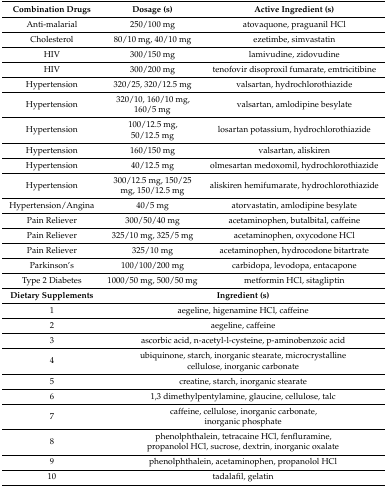
<table><thead><tr><td><b>Combination Drugs</b></td><td><b>Dosage (s)</b></td><td><b>Active Ingredient (s)</b></td></tr></thead><tbody><tr><td>Anti-malarial</td><td>250/100 mg</td><td>atovaquone, praguanil HCl</td></tr><tr><td>Cholesterol</td><td>80/10 mg, 40/10 mg</td><td>ezetimbe, simvastatin</td></tr><tr><td>HIV</td><td>300/150 mg</td><td>lamivudine, zidovudine</td></tr><tr><td>HIV</td><td>300/200 mg</td><td>tenofovir disoproxil fumarate, emtricitibine</td></tr><tr><td>Hypertension</td><td>320/25, 320/12.5 mg</td><td>valsartan, hydrochlorothiazide</td></tr><tr><td>Hypertension</td><td>320/10, 160/10 mg, 160/5 mg </td><td>valsartan, amlodipine besylate</td></tr><tr><td>Hypertension</td><td>100/12.5 mg, 50/12.5 mg</td><td>losartan potassium, hydrochlorothiazide</td></tr><tr><td>Hypertension</td><td>160/150 mg</td><td>valsartan, aliskiren</td></tr><tr><td>Hypertension</td><td>40/12.5 mg</td><td>olmesartan medoxomil, hydrochlorothiazide</td></tr><tr><td>Hypertension</td><td>300/12.5 mg, 150/25 mg, 150/12.5 mg</td><td>aliskiren hemifumarate, hydrochlorothiazide</td></tr><tr><td>Hypertension/Angina</td><td>40/5 mg</td><td>atorvastatin, amlodipine besylate</td></tr><tr><td>Pain Reliever</td><td>300/50/40 mg</td><td>acetaminophen, butalbital, caffeine</td></tr><tr><td>Pain Reliever</td><td>325/10 mg, 325/5 mg</td><td>acetaminophen, oxycodone HCl</td></tr><tr><td>Pain Reliever</td><td>325/10 mg</td><td>acetaminophen, hydrocodone bitartrate</td></tr><tr><td>Parkinson’s</td><td>100/100/200 mg</td><td>carbidopa, levodopa, entacapone</td></tr><tr><td>Type 2 Diabetes</td><td>1000/50 mg, 500/50 mg</td><td>metformin HCl, sitagliptin</td></tr><tr><td><b>Dietary Supplements</b></td><td colspan="2"><b>Ingredient (s)</b></td></tr><tr><td>1</td><td colspan="2">aegeline, higenamine HCl, caffeine</td></tr><tr><td>2</td><td colspan="2">aegeline, caffeine</td></tr><tr><td>3</td><td colspan="2">ascorbic acid, n-acetyl-l-cysteine, p-aminobenzoic acid</td></tr><tr><td>4</td><td colspan="2">ubiquinone, starch, inorganic stearate, microcrystalline cellulose, inorganic carbonate</td></tr><tr><td>5</td><td colspan="2">creatine, starch, inorganic stearate</td></tr><tr><td>6</td><td colspan="2">1,3 dimethylpentylamine, glaucine, cellulose, talc</td></tr><tr><td>7</td><td colspan="2">caffeine, cellulose, inorganic carbonate, inorganic phosphate</td></tr><tr><td>8</td><td colspan="2">phenolphthalein, tetracaine HCl, fenfluramine, propanolol HCl, sucrose, dextrin, inorganic oxalate</td></tr><tr><td>9</td><td colspan="2">phenolphthalein, acetaminophen, propanolol HCl</td></tr><tr><td>10</td><td colspan="2">tadalafil, gelatin</td></tr></tbody></table>